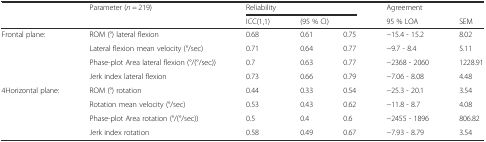
| <ROWSPAN=2>  | <ROWSPAN=2> Parameter (n = 219) | <COLSPAN=3> Reliability | Agreement |  |
 | ICC(1,1) | <COLSPAN=2> (95 % CI) | 95 % LOA | SEM |
 | --- | --- | --- | --- | --- | --- | --- |
 | <ROWSPAN=4> Frontal plane: | ROM (°) lateral flexion | 0.68 | 0.61 | 0.75 | −15.4 - 15.2 | 8.02 |
 | Lateral flexion mean velocity (°/sec) | 0.71 | 0.64 | 0.77 | −9.7 - 8.4 | 5.11 |
 | Phase-plot Area lateral flexion (°/(°/sec)) | 0.7 | 0.63 | 0.77 | −2368 - 2060 | 1228.91 |
 | Jerk index lateral flexion | 0.73 | 0.66 | 0.79 | −7.06 - 8.08 | 4.48 |
 | <ROWSPAN=4> 4Horizontal plane: | ROM (°) rotation | 0.44 | 0.33 | 0.54 | −25.3 - 20.1 | 3.54 |
 | Rotation mean velocity (°/sec) | 0.53 | 0.43 | 0.62 | −11.8 - 8.7 | 4.08 |
 | Phase-plot Area rotation (°/(°/sec)) | 0.5 | 0.4 | 0.6 | −2455 - 1896 | 806.82 |
 | Jerk index rotation | 0.58 | 0.49 | 0.67 | −7.93 - 8.79 | 3.54 |